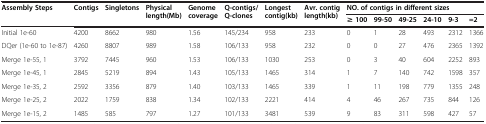
<table><thead><tr><td><b>Assembly Steps</b></td><td><b>Contigs</b></td><td><b>Singletons</b></td><td><b>Physical length(Mb)</b></td><td><b>Genome coverage</b></td><td><b>Q-contigs/Q-clones</b></td><td><b>Longest contig(kb)</b></td><td><b>Avr. contig length(kb)</b></td><td colspan="6"><b>NO. of contigs in different sizes</b></td></tr><tr><td>[EMPTY_CELL]</td><td>[EMPTY_CELL]</td><td>[EMPTY_CELL]</td><td>[EMPTY_CELL]</td><td>[EMPTY_CELL]</td><td>[EMPTY_CELL]</td><td>[EMPTY_CELL]</td><td>[EMPTY_CELL]</td><td><b>≥ 100</b></td><td><b>99-50</b></td><td><b>49-25</b></td><td><b>24-10</b></td><td><b>9-3</b></td><td><b>=2</b></td></tr></thead><tbody><tr><td>Initial 1e-60</td><td>4200</td><td>8662</td><td>980</td><td>1.56</td><td>145/234</td><td>958</td><td>233</td><td>0</td><td>1</td><td>28</td><td>493</td><td>2312</td><td>1366</td></tr><tr><td>DQer (1e-60 to 1e-87)</td><td>4260</td><td>8807</td><td>989</td><td>1.58</td><td>106/133</td><td>958</td><td>232</td><td>0</td><td>0</td><td>27</td><td>476</td><td>2365</td><td>1392</td></tr><tr><td>Merge 1e-55, 1</td><td>3792</td><td>7445</td><td>960</td><td>1.53</td><td>106/133</td><td>1030</td><td>253</td><td>0</td><td>3</td><td>40</td><td>604</td><td>2252</td><td>893</td></tr><tr><td>Merge 1e-45, 1</td><td>2845</td><td>5219</td><td>894</td><td>1.43</td><td>105/133</td><td>1465</td><td>314</td><td>1</td><td>7</td><td>140</td><td>742</td><td>1598</td><td>357</td></tr><tr><td>Merge 1e-35, 2</td><td>2592</td><td>3356</td><td>879</td><td>1.40</td><td>103/133</td><td>1465</td><td>339</td><td>1</td><td>11</td><td>198</td><td>779</td><td>1355</td><td>248</td></tr><tr><td>Merge 1e-25, 2</td><td>2022</td><td>1759</td><td>838</td><td>1.34</td><td>102/133</td><td>2221</td><td>414</td><td>4</td><td>46</td><td>267</td><td>735</td><td>844</td><td>126</td></tr><tr><td>Merge 1e-15, 2</td><td>1485</td><td>585</td><td>797</td><td>1.27</td><td>101/133</td><td>3481</td><td>539</td><td>9</td><td>83</td><td>311</td><td>598</td><td>427</td><td>57</td></tr></tbody></table>